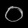
Digit: ၀